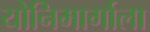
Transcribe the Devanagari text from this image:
योनिमार्गाला